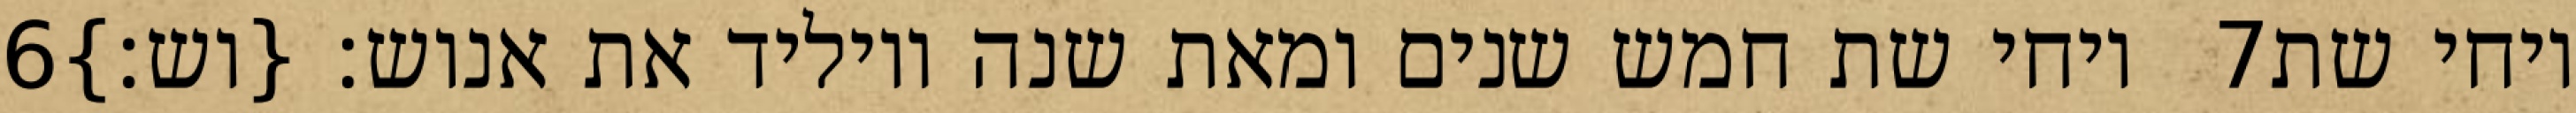
‎6‏ ויחי שת חמש שנים ומאת שנה ויוליד את אנוש׃ {וש׃} ‎7‏ ויחי שת